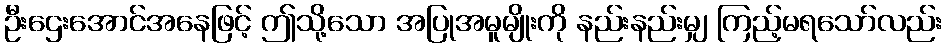
ဦးဌေးအောင်အနေဖြင့် ဤသို့သော အပြုအမူမျိုးကို နည်းနည်းမျှ ကြည့်မရသော်လည်း